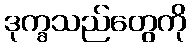
ဒုက္ခသည်တွေကို